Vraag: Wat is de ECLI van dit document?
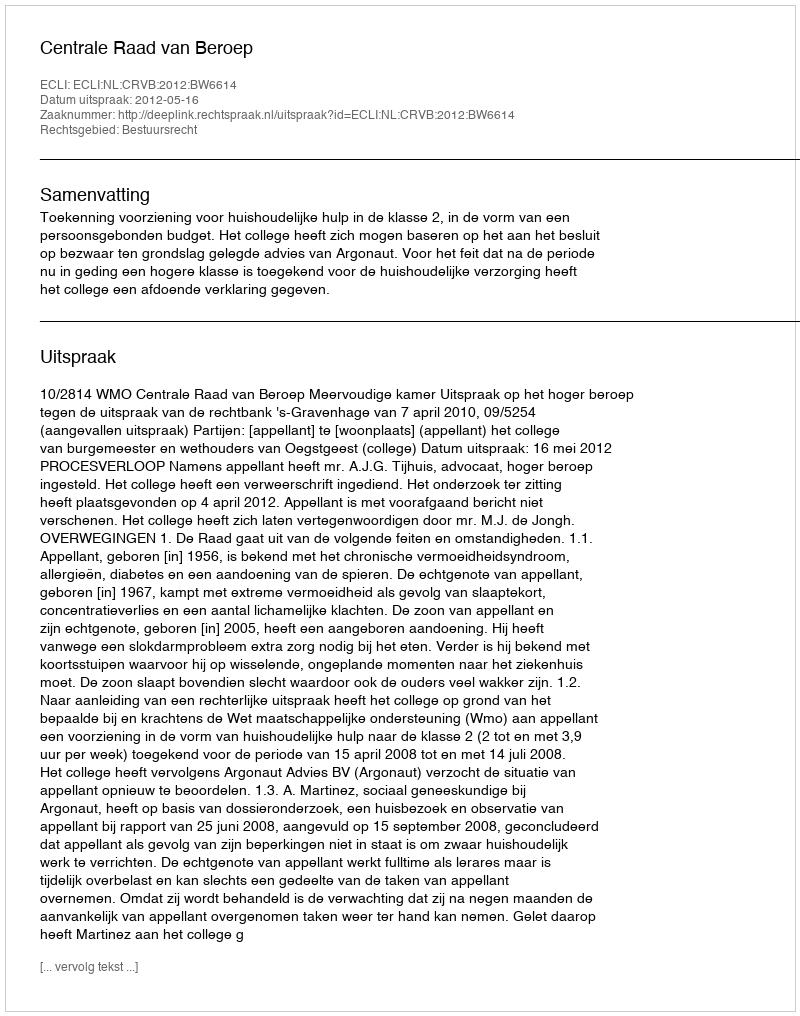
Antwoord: ECLI:NL:CRVB:2012:BW6614